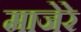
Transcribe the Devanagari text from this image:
माजेरे